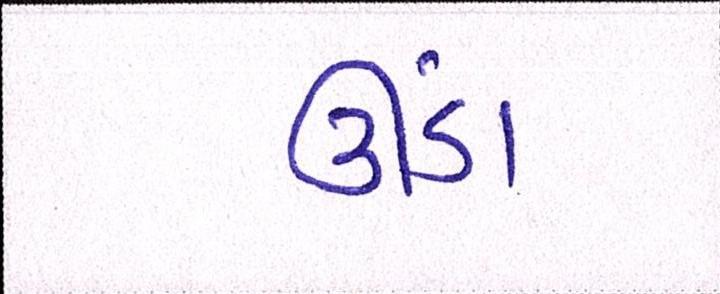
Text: ઊંડા